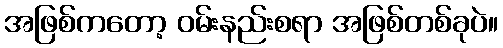
အဖြစ်ကတော့ ဝမ်းနည်းစရာ အဖြစ်တစ်ခုပဲ။